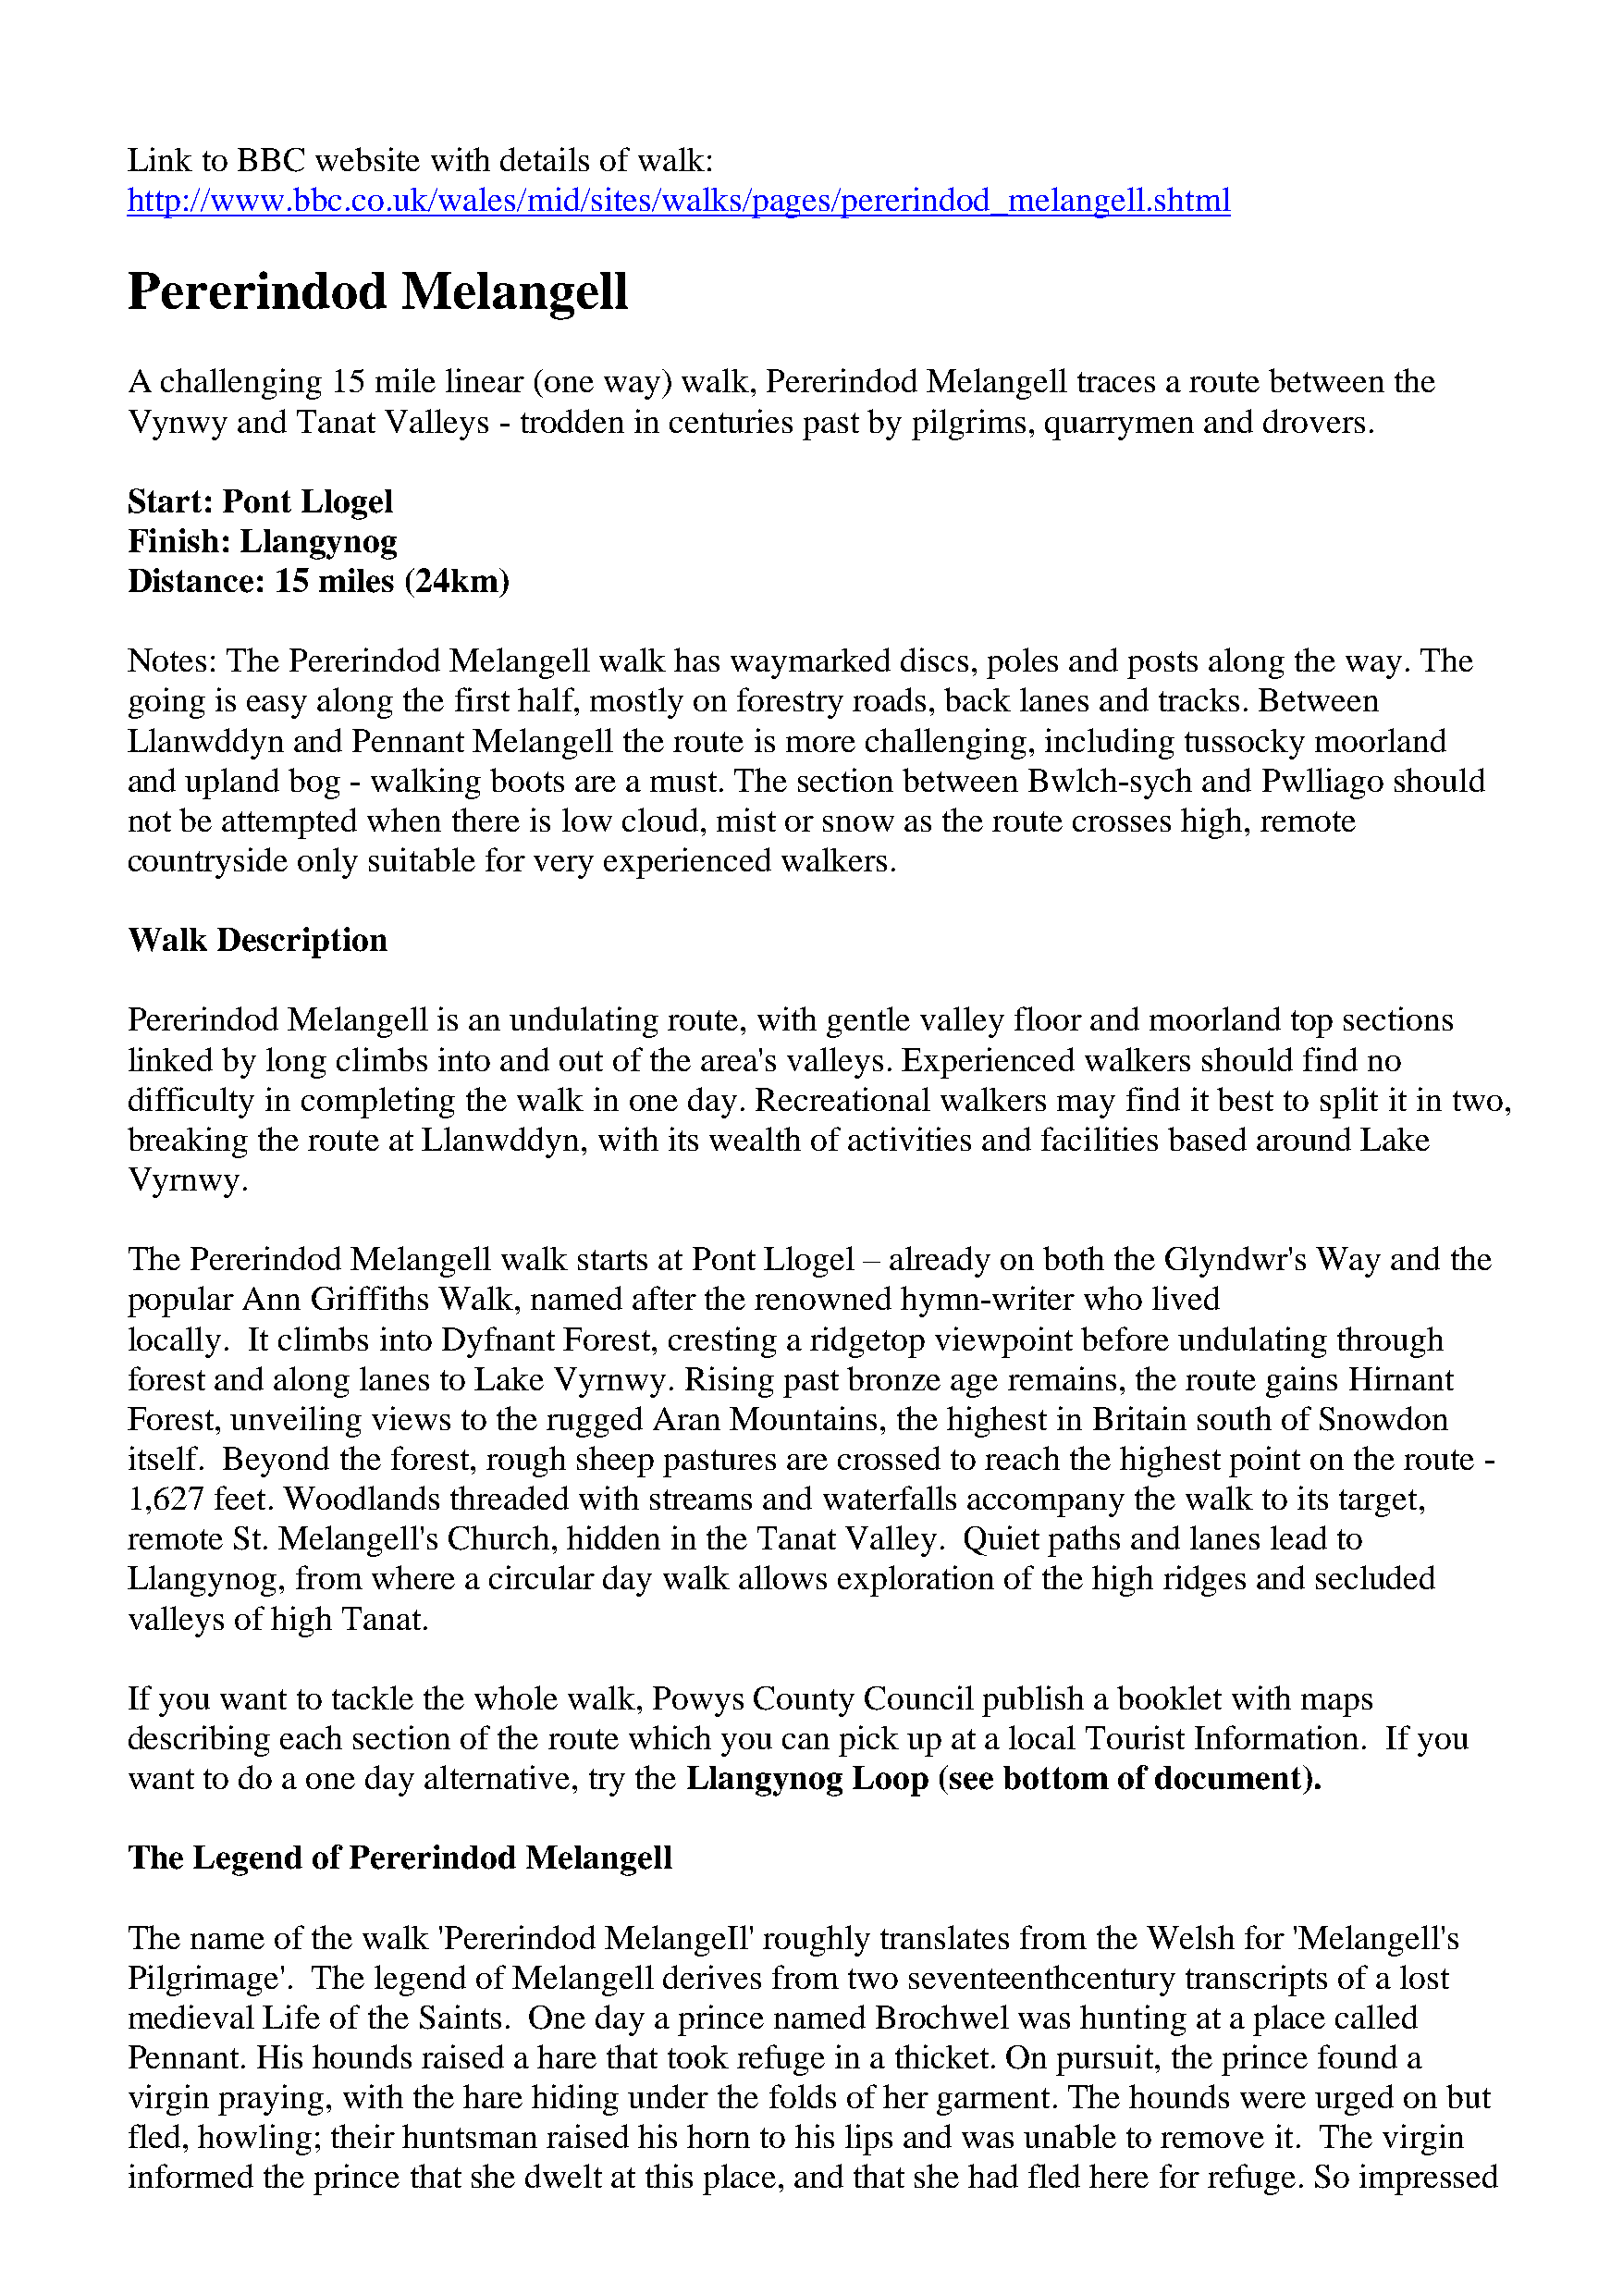
Link to BBC   website with details of walk:
 http://www.bbc.co.uk/wales/mid/sites/walks/pages/pererindod_melangell.shtml
 Pererindod          Melangell
 A  challenging 15 mile linear (one way) walk, Pererindod Melangell  traces a route between the
 Vynwy   and Tanat  Valleys - trodden in centuries past by pilgrims, quarrymen and drovers.
 Start: Pont  Llogel
 Finish: Llangynog
 Distance:  15 miles (24km)
 Notes: The  Pererindod Melangell  walk has waymarked   discs, poles and posts along the way. The
 going is easy along the first half, mostly on forestry roads, back lanes and tracks. Between
 Llanwddyn   and Pennant  Melangell  the route is more challenging, including tussocky moorland
 and upland  bog - walking boots are a must. The section between  Bwlch-sych  and Pwlliago  should
 not be attempted when  there is low cloud, mist or snow as the route crosses high, remote
 countryside only suitable for very experienced walkers.
 Walk   Description
 Pererindod  Melangell is an undulating route, with gentle valley floor and moorland top sections
 linked by long climbs into and out of the area's valleys. Experienced walkers should find no
 difficulty in completing the walk in one day. Recreational walkers may  find it best to split it in two,
 breaking the route at Llanwddyn,  with its wealth of activities and facilities based around Lake
 Vyrnwy.
 The  Pererindod Melangell  walk starts at Pont Llogel – already on both the Glyndwr's Way  and the
 popular Ann  Griffiths Walk, named  after the renowned hymn-writer   who lived
 locally. It climbs into Dyfnant Forest, cresting a ridgetop viewpoint before undulating through
 forest and along lanes to Lake Vyrnwy.  Rising past bronze age remains, the route gains Hirnant
 Forest, unveiling views to the rugged Aran Mountains,  the highest in Britain south of Snowdon
 itself. Beyond the forest, rough sheep pastures are crossed to reach the highest point on the route -
 1,627 feet. Woodlands  threaded with streams  and waterfalls accompany  the walk to its target,
 remote  St. Melangell's Church, hidden in the Tanat Valley. Quiet paths and lanes lead to
 Llangynog,  from  where a circular day walk allows exploration of the high ridges and secluded
 valleys of high Tanat.
 If you want to tackle the whole walk, Powys  County  Council publish a booklet with maps
 describing each section of the route which you can pick up at a local Tourist Information. If you
 want  to do a one day alternative, try the Llangynog Loop (see bottom  of document).
 The  Legend  of Pererindod   Melangell
 The  name  of the walk 'Pererindod MelangeIl' roughly translates from the Welsh for 'Melangell's
 Pilgrimage'. The  legend of Melangell derives from  two seventeenthcentury  transcripts of a lost
 medieval  Life of the Saints. One day a prince named  Brochwel  was hunting  at a place called
 Pennant. His hounds  raised a hare that took refuge in a thicket. On pursuit, the prince found a
 virgin praying, with the hare hiding under the folds of her garment. The hounds were urged on  but
 fled, howling; their huntsman raised his horn to his lips and was unable to remove it. The virgin
 informed  the prince that she dwelt at this place, and that she had fled here for refuge. So impressed